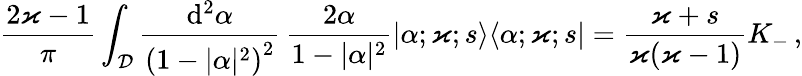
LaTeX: \frac{2\varkappa-1}{\pi}\int_{\mathcal{D}}\frac{\mathrm{d}^{2}\alpha}{\left(1-\vert\alpha\vert^{2}\right)^{2}}\, \frac{2\alpha}{1-\vert\alpha\vert^{2}}|\alpha;\varkappa;s\rangle\langle\alpha;\varkappa;s|=\frac{\varkappa+s}{\varkappa(\varkappa-1)}K_{-}\, ,